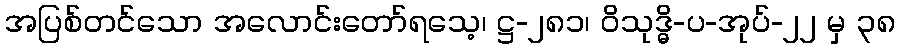
အပြစ်တင်သော အလောင်းတော်ရသေ့၊ ဋ္ဌ-၂၈၁၊ ဝိသုဒ္ဓိ-ပ-အုပ်-၂၂ မှ ၃၈